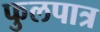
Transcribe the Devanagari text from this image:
फुलपात्र